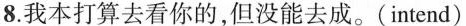
8.我本打算去看你的,但没能去成。(intend)